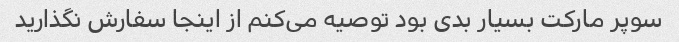
سوپر مارکت بسیار بدی بود توصیه می‌کنم از اینجا سفارش نگذارید